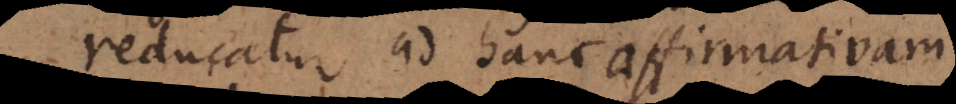
reducatur ad hanc affirmativam